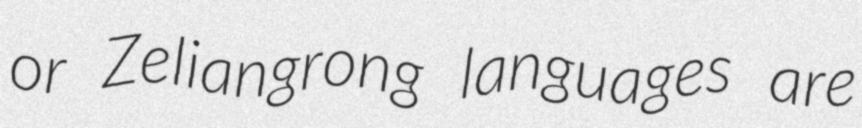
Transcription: or Zeliangrong languages are